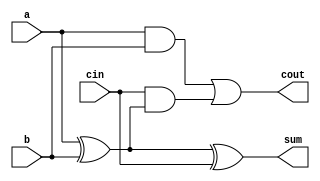
module FullAdder (
    input wire a,       // One bit of A
    input wire b,       // One bit of B
    input wire cin,     // Carry input
    output wire sum,    // Sum output
    output wire cout    // Carry output
);
    assign sum = a ^ b ^ cin;                     // Sum: A XOR B XOR Cin
    assign cout = (a & b) | (cin & (a ^ b));      // Carry: (A AND B) OR (Cin AND (A XOR B))
endmodule